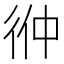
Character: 㣡